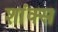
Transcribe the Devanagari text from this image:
शांक्स